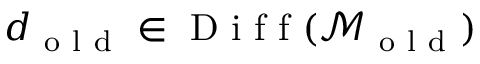
d _ { \mathrm { ~ o ~ l ~ d ~ } } \in \mathrm { ~ D ~ i ~ f ~ f ~ } ( \mathcal { M } _ { \mathrm { ~ o ~ l ~ d ~ } } )